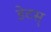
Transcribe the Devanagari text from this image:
डेटस्‌